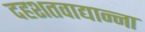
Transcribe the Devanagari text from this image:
दहशतवाद्यान्ना